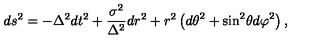
d s ^ { 2 } = - \Delta ^ { 2 } d t ^ { 2 } + \frac { \sigma ^ { 2 } } { \Delta ^ { 2 } } d r ^ { 2 } + r ^ { 2 } \left( { d \theta } ^ { 2 } + { \sin } ^ { 2 } \theta { d \varphi } ^ { 2 } \right) ,